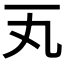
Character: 𪜂